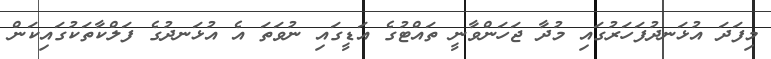
މިފަދަ އުޅަނދުފަހަރުގައި މުދާ ޖަހަންވާނީ ތައްޓުގެ އަޑީގައި ނުވަތަ އެ އުޅަނދުގެ ފަލްކާތަކުގައިކަން